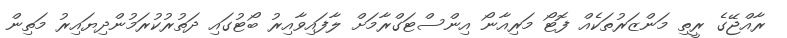
ރާއްޖޭގެ ރީތި މަންޒަރުތަކެއް ފޮޓޯ މަރިއާނޯ އިންސްޓަގްރާމަށް ލާފައިވާއިރު ބޯޓުގައި ދަތުރުކުރަމުންދިޔައިރު މަތިން